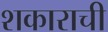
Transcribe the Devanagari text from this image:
शकाराची